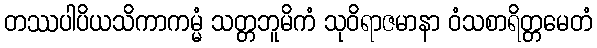
တဿပါပိယသိကာကမ္မံ သတ္တဘူမိကံ သုဝိရာဇမာနာ ဝံသစာရိတ္တမေတံ